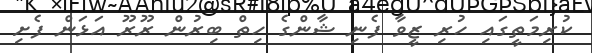
ކުރިމަތީގައި ހުރި ޒީވާ ފެނި ޝާންގެ ހިތް ބިރުން ރޫރޫ އަޅަން ފެށި